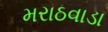
મરાઠવાડા